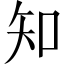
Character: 知